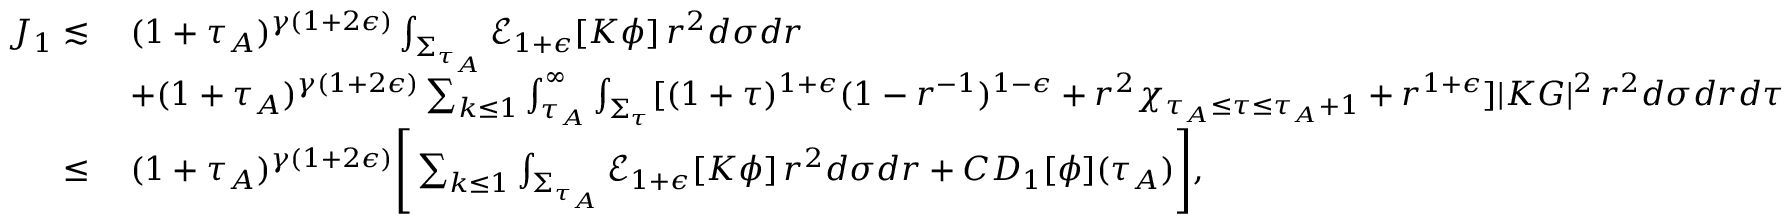
\begin{array} { r l } { J _ { 1 } \lesssim } & { \: ( 1 + \tau _ { A } ) ^ { \gamma ( 1 + 2 \epsilon ) } \int _ { \Sigma _ { \tau _ { A } } } \mathcal { E } _ { 1 + \epsilon } [ K \phi ] \, r ^ { 2 } d \sigma d r } \\ & { \: + ( 1 + \tau _ { A } ) ^ { \gamma ( 1 + 2 \epsilon ) } \sum _ { k \leq 1 } \int _ { \tau _ { A } } ^ { \infty } \int _ { \Sigma _ { \tau } } [ ( 1 + \tau ) ^ { 1 + \epsilon } ( 1 - r ^ { - 1 } ) ^ { 1 - \epsilon } + r ^ { 2 } \chi _ { \tau _ { A } \leq \tau \leq \tau _ { A } + 1 } + r ^ { 1 + \epsilon } ] | K G | ^ { 2 } \, r ^ { 2 } d \sigma d r d \tau } \\ { \leq } & { \: ( 1 + \tau _ { A } ) ^ { \gamma ( 1 + 2 \epsilon ) } \Bigg [ \sum _ { k \leq 1 } \int _ { \Sigma _ { \tau _ { A } } } \mathcal { E } _ { 1 + \epsilon } [ K \phi ] \, r ^ { 2 } d \sigma d r + C D _ { 1 } [ \phi ] ( \tau _ { A } ) \Bigg ] , } \end{array}